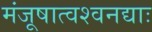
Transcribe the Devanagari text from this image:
मंजूषात्वश्वनद्याः